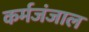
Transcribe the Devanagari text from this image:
कर्मजंजाल